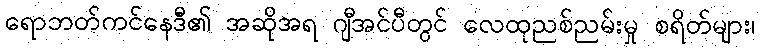
ရောဘတ်ကင်နေဒီ၏ အဆိုအရ ဂျီအင်ပီတွင် လေထုညစ်ညမ်းမှု စရိတ်များ၊